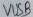
Text: VUSB